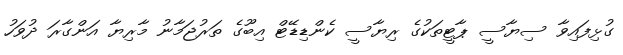
ގުޅިފައިވާ ސިޔާސީ ޕާޓީތަކުގެ ރިޔާސީ ކެންޑިޑޭޓް އިބޫގެ ތަރުޖަމާނު މާރިޔާ އަންގާރަ ދުވަހު